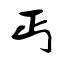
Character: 丐